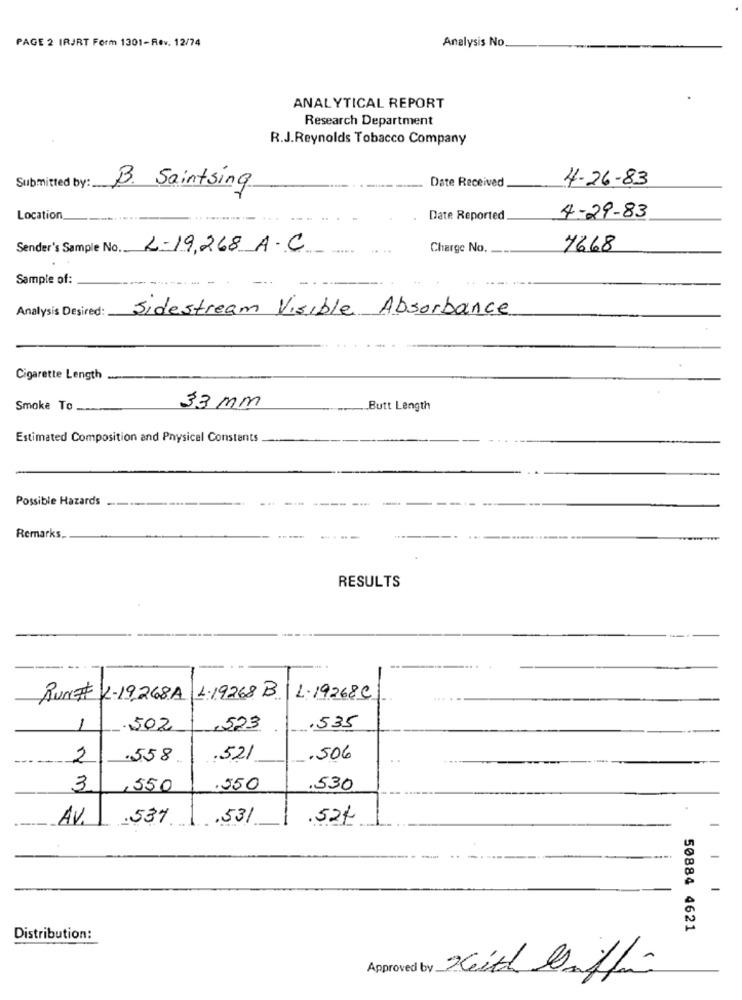
PAGE 2 IRJRT Form 1301-Rev. 12/74
Analysis No.
ANALYTICAL REPORT
Research Department
R.J.Reynolds Tobacco Company
Date Received
4-26-83
Submitted by:
B. Saintsing
Location
Date Reported
4-29-83
Sender's Sample No. 2-19,268 A.C
Charge No.
7668
Sample of:
Analysis Desired: Sidestream Visible Absorbance
Cigarette Length
Smoke To
33 mm
Butt Length
Estimated Composition and Physical Constants
Possible Hazards
Remarks.
RESULTS
RUN# K-19,268A L.19268 B L.19268C
.502
,523
.535
2
.558
.521
.506
3
,550
.550
.530
AV.
1 .53%
.531
.524
-
-
-
50884 4621
Distribution:
Approved by Keith Doffin